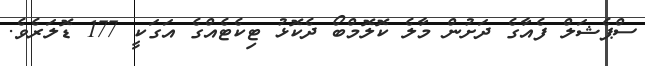
ސްޕެޝަލް ފެއާގެ ދަށުން މާލެ ކޮލޮމްބޯ ދެކޮޅު ޓިކެޓެއްގެ އަގަކީ 177 ޑޮލަރެވެ.